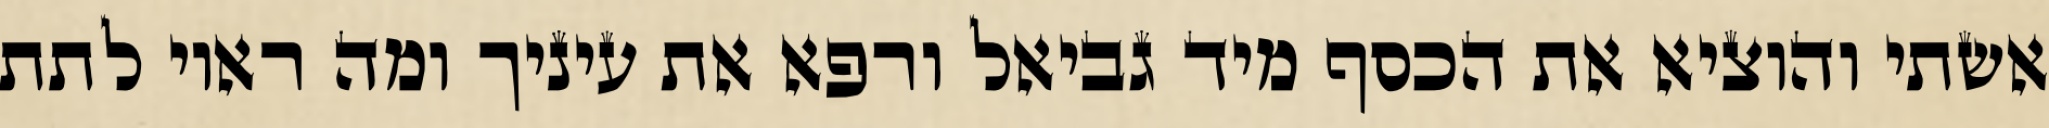
אשתי והוציא את הכסף מיד גביאל ורפא את עיניך ומה ראוי לתת